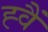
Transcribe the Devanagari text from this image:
ह्वैं